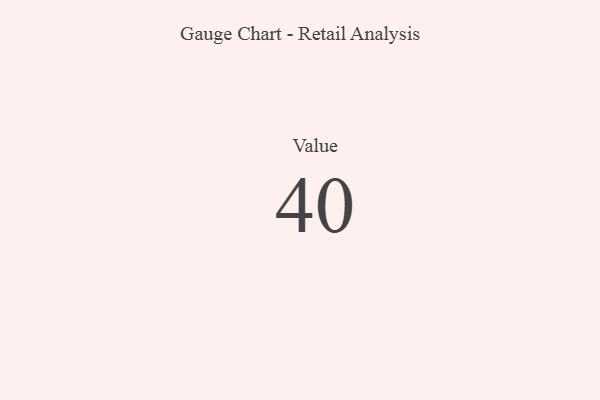
{"axis": {"x": "Metric", "y": "Value"}, "legend": [""], "data": [{"x": "Value", "y": 40, "type": ""}]}